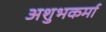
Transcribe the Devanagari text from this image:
अशुभकर्मा